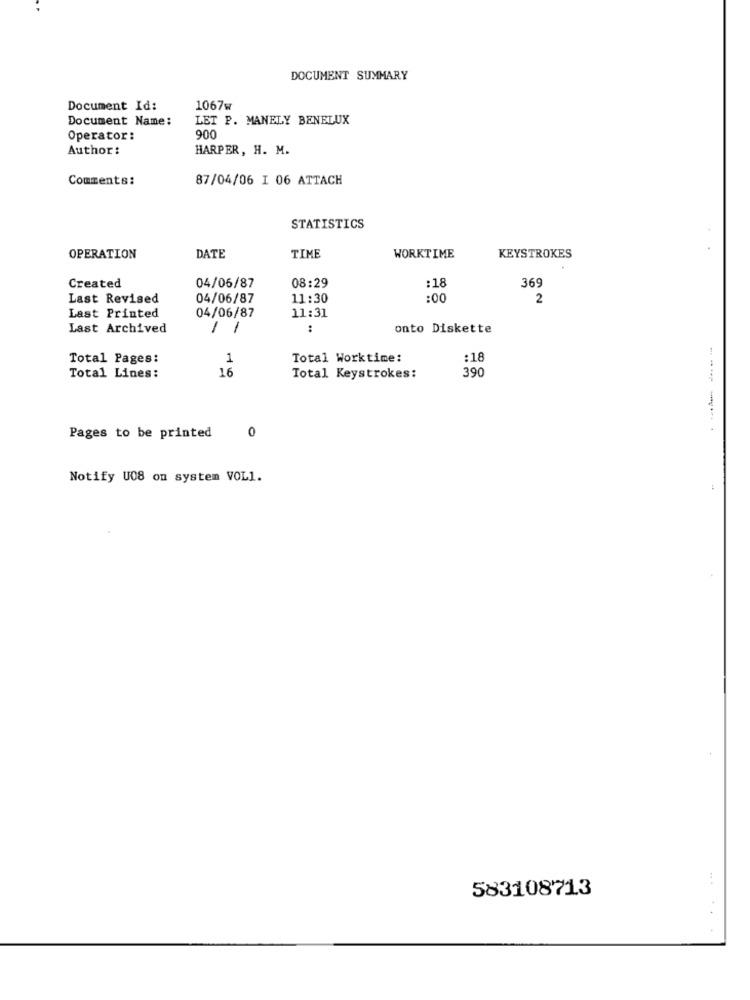
DOCUMENT SUMMARY
Document Id:
1067w
Document Name:
LET P. MANELY BENELUX
Operator:
900
Author:
HARPER, H. M.
Comments:
87/04/06 I 06 ATTACH
STATISTICS
OPERATION
DATE
TIME
WORKTIME
KEYSTROKES
08:29
Created
04/06/87
:18
369
Last Revised
04/06/87
11:30
:00
2
11:31
Last Printed
04/06/87
Last Archived
1
1
:
onto Diskette
Total Pages:
1
Total Worktime:
:18
16
Total Lines:
Total Keystrokes:
390
---- ----
0
Pages to be printed
Notify U08 on system VOLI.
.. .
583108713
. .